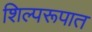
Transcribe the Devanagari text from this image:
शिल्परूपात